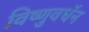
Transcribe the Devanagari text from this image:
विष्णुवधॅन